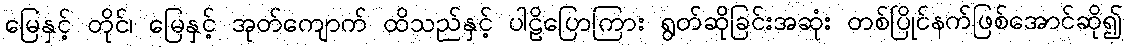
မြေနှင့် တိုင်၊ မြေနှင့် အုတ်ကျောက် ထိသည်နှင့် ပါဠိပြောကြား ရွတ်ဆိုခြင်းအဆုံး တစ်ပြိုင်နက်ဖြစ်အောင်ဆို၍